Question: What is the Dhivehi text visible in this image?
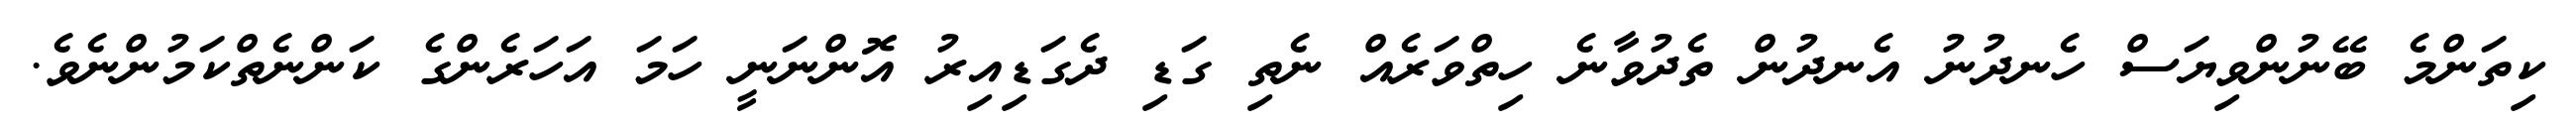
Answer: ކިތަންމެ ބޭނުންވިޔަސް ހެނދުނު އެނދުން ތެދުވާނެ ހިތްވަރެއް ނެތި ގަޑި ދެގަޑިއިރު އޮންނަނީ ހަމަ އަހަރެންގެ ކަންނެތްކަމުންނެވެ.